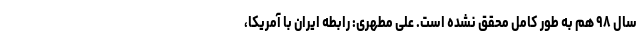
سال ۹۸ هم به طور کامل محقق نشده است. علی مطهری: رابطه ایران با آمریکا،